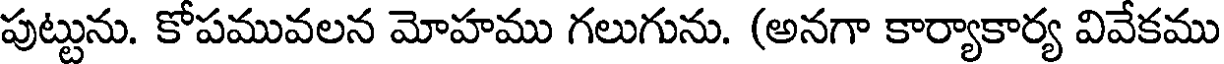
పుట్టును. కోపమువలన మోహము గలుగును. (అనగా కార్యాకార్య వివేకము